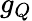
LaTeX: g_{Q}